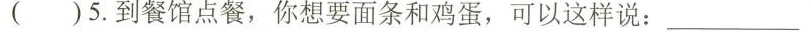
( )5.到餐馆点餐,你想要面条和鸡蛋,可以这样说: ___